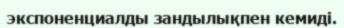
экспоненциалды зандылықпен кемиді.